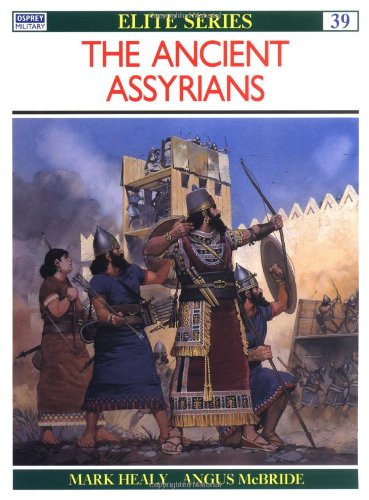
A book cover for The Ancient Assyrians (Elite); Mark Healy; History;